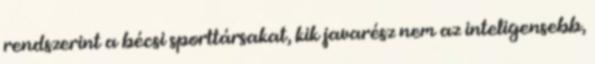
rendszerint a bécsi sporttársakat, kik javarész nem az inteligensebb,